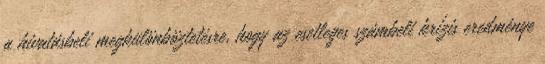
a hivatásbeli megkülönböztetésre, hogy az esetleges számbeli krízis eredménye